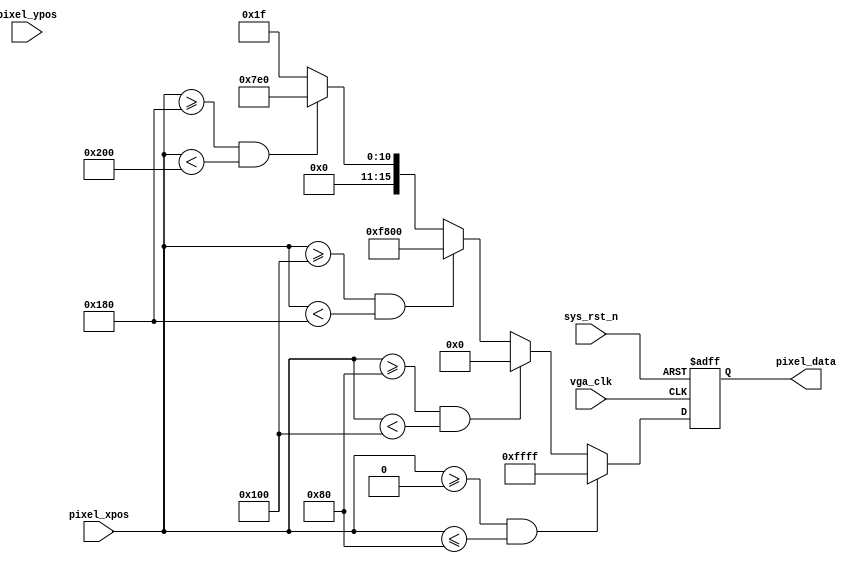
//****************************************Copyright (c)***********************************//
//www.openedv.com
//http://openedv.taobao.com 
//""FPGA & STM32
//
//Copyright(C)  2018-2028
//All rights reserved	                               
//----------------------------------------------------------------------------------------
// File name:           vga_display
// Last modified Date:  2018/1/30 11:12:36
// Last Version:        V1.1
// Descriptions:        vga
//----------------------------------------------------------------------------------------
// Created by:          
// Created date:        2018/1/29 10:55:56
// Version:             V1.0
// Descriptions:        The original version
//
//----------------------------------------------------------------------------------------
// Modified by:		    
// Modified date:	    2018/1/30 11:12:36
// Version:			    V1.1
// Descriptions:	    
//
//----------------------------------------------------------------------------------------
//****************************************************************************************//

module vga_display(
    input             vga_clk,                  //VGA
    input             sys_rst_n,                //
    
    input      [ 9:0] pixel_xpos,               //
    input      [ 9:0] pixel_ypos,               //    
    output reg [15:0] pixel_data                //
    );    
    
parameter  H_DISP = 10'd640;                    //
parameter  V_DISP = 10'd480;                    //
localparam WHITE  = 16'b11111_111111_11111;     //RGB565 
localparam BLACK  = 16'b00000_000000_00000;     //RGB565 
localparam RED    = 16'b11111_000000_00000;     //RGB565 
localparam GREEN  = 16'b00000_111111_00000;     //RGB565 
localparam BLUE   = 16'b00000_000000_11111;     //RGB565 
    
//*****************************************************
//**                    main code
//*****************************************************
//
always @(posedge vga_clk or negedge sys_rst_n) begin         
    if (!sys_rst_n)
        pixel_data <= 16'd0;                                  
    else begin
        if((pixel_xpos >= 0) && (pixel_xpos <= (H_DISP/5)*1))                                              
            pixel_data <= WHITE;                               
        else if((pixel_xpos >= (H_DISP/5)*1) && (pixel_xpos < (H_DISP/5)*2))
            pixel_data <= BLACK;  
        else if((pixel_xpos >= (H_DISP/5)*2) && (pixel_xpos < (H_DISP/5)*3))
            pixel_data <= RED;  
        else if((pixel_xpos >= (H_DISP/5)*3) && (pixel_xpos < (H_DISP/5)*4))
            pixel_data <= GREEN;  
        else 
            pixel_data <= BLUE;  
    end
end

endmodule